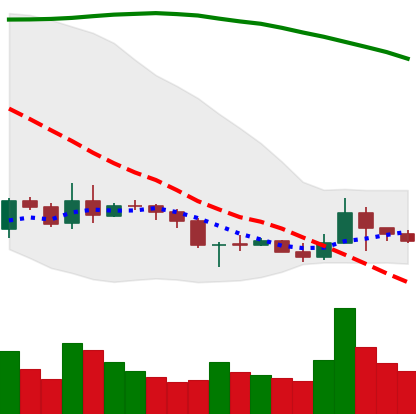
Ticker: BNB-USD
Chart end date: 2019-09-21
Forward return: -26.669%
Label: down_7plus